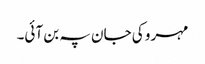
مہرو کی جان پہ بن آئی۔